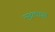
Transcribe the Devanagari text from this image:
न्युट्रलाइझ्ड